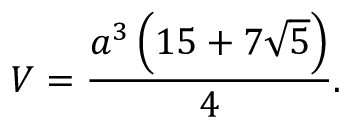
V = { \frac { a ^ { 3 } \left( 1 5 + 7 { \sqrt { 5 } } \right) } { 4 } } .